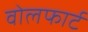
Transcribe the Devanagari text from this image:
वोलफार्ट